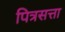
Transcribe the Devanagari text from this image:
पित्रसत्ता